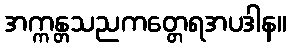
အက္ကန္တသညကတ္တေရအပဒါန။